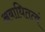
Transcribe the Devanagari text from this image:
अबाधितत्वं